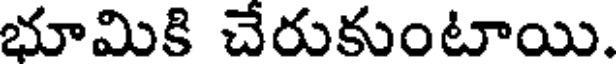
భూమికి చేరుకుంటాయి.